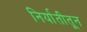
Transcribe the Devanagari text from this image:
निर्यातीतून